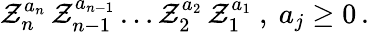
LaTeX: \mathcal{Z}_{n}^{a_{n}}\, \mathcal{Z}_{n-1}^{a_{n-1}}\ldots\mathcal{Z}_{2}^{a_{2}}\, \mathcal{Z}_{1}^{a_{1}}\ ,\ a_{j}\geq0\, .